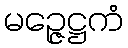
မဉ္ဇေဋ္ဌကံ